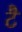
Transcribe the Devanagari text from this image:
टै